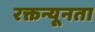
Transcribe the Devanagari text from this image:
रक्तन्यूनता